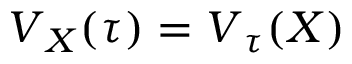
\boldsymbol { V } _ { \u { X } } ( \boldsymbol { \tau } ) = \boldsymbol { V } _ { \u { \tau } } ( \boldsymbol { X } )